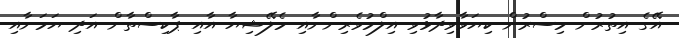
އޭގެ އިތުރުން މިސްރުން ކިޔަވާވިދާޅުވި އިލްމުވެރިންނާއި މެލޭޝިޔާ އާއި ޕާކިސްތާން އަދި ޔަމަނާއި